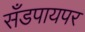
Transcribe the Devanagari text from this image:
सँडपायपर